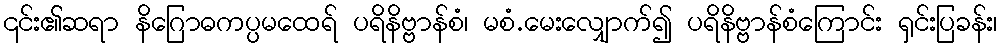
၎င်း၏ဆရာ နိဂြောဓကပ္ပမထေရ် ပရိနိဗ္ဗာန်စံ၊ မစံ.မေးလျှောက်၍ ပရိနိဗ္ဗာန်စံကြောင်း ရှင်းပြခန်း၊